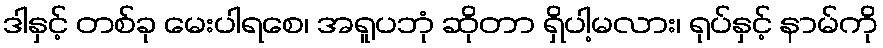
ဒါနှင့် တစ်ခု မေးပါရစေ၊ အရူပဘုံ ဆိုတာ ရှိပါ့မလား၊ ရုပ်နှင့် နာမ်ကို